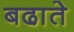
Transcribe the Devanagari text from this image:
बढा़ते